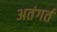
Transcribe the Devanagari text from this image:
अतंगर्त